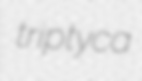
triptyca